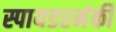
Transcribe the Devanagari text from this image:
स्पायडरमंकी